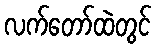
လက်တော်ထဲတွင်